Report on sanitation, dispensaries, and jails in Rajputana for 1915, and on vaccination for the year 1915-1916 - 1915-1916
Year: 1915
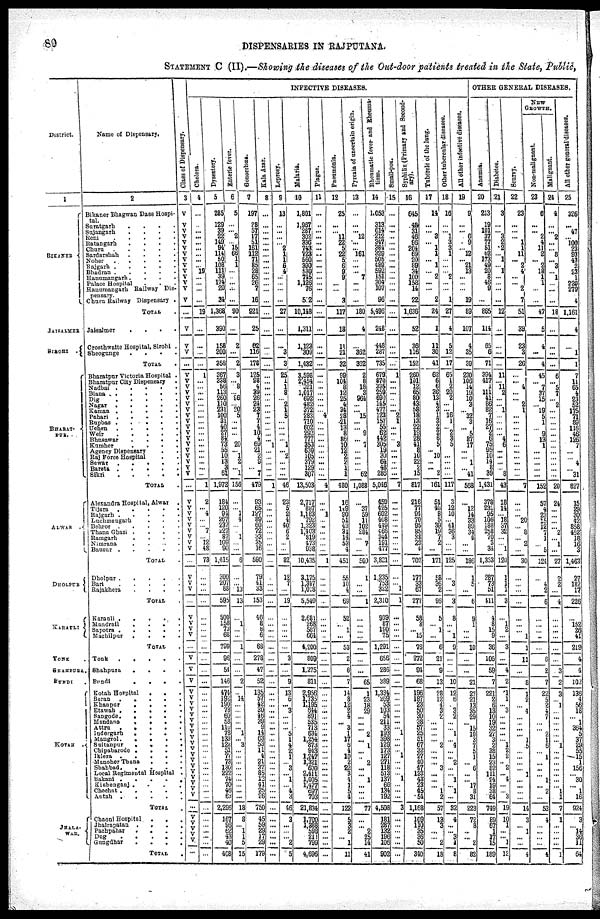
80
DISPENSARIES IN RAJPUTANA.
STATEMENT C (II).—Showing the diseases of the Out-door patients treated in the State, Public,
District.
1
BIKANER
JAISALMER
SIROHI .
BHARAT¬
PUR.
ALWAR .
DHOLPUR
KARAULI
TONK .
SHAHPURA.
BUNDI
.
KOTAH
JHALA¬
WAR.
Name of Dispensary.
2
Bikaner Bhagwan Dass Hospi-
tal.
Suratgarh ....
Sujangarh ....
Reni .....
Ratangarh ....
Churu .....
Sardarshah ....
Noher .....
Rajgarh .....
Bhadran .....
Hanumangarh ....
Palace Hospital ...
Hanumangarh Railway Dis¬
pensary.
Churu Railway Dispensary .
TOTAL .
Jaisalmer
.
.
.
.
Crosthwaite Hospital, Sirohi .
Sheogunge
.
.
.
.
TOTAL .
Bharatpur Victoria Hospital .
Bharatpur City Dispensary .
Nadbai .....
Biana .....
Dig
Nagar .....
Kaman .....
Pahari .....
Rupbas .....
Uchen .....
Weir .....
Bhusawar ....
Kumher ....
Agency Dispensary ..
Raj Force Hospital ..
Sewar .....
Bareta
Sikri
TOTAL .
Alexandra Hospital, Alwar
.
Tijara .....
Rajgarh .....
Luchmangarh ...
Behror .....
Thana Ghazi ....
Ramgarh ....
Nimrana ....
Bausur
.....
TOTAL .
Dholpur
.....
Bari
.....
Rajakhera
.
.
.
.
TOTAL .
Karauli
.....
Mandrail ....
Sapotra
.....
Machilpur
.
.
.
.
TOTAL .
Tonk
.....
Shahpura
.
.
.
.
Bundi
.
.
.
.
Kotah Hospital
...
Baron
.
.
.
.
.
Khanpur
.
.
.
.
Etawah .
.
.
.
.
Sangode.
.
.
.
.
Mandona
.
.
.
.
Attru
.
.
.
.
.
Indorgarh
.
.
.
.
Mangrol
.....
Sultanpur
.
.
.
.
Chipabarode
.
.
.
.
Iklera
.....
Manoher Thana
...
Shahbad .....
Local Regimental Hospital .
Bakani .....
Kishenganj ....
Chechat .
.
.
.
.
Autah
.....
TOTAL .
Chaoni Hospital
.
. .
Jhalrapatan
.
. . .
Pachpaliar
.
.
Dog
Gungdhar
.
.
.
,
TOTAL .
Class of Dispensary.
3
V
V
V
V
V
V
V
V
V
V
V
V
V
V
...
V
V
V
...
V
V
V
V
V
V
V
V
V
V
V
V
V
V
V
V
V
V
...
V
V
V
V
V
V
V
V V
...
V
V
V
...
V
V
V
V
...
V
V
V
V
V
V
V
V
V
V
V
V
V
V V
V
V V
V
V
V
V
...
V
V
V
V
V
...
INFECTIVE DISEASES.
Cholora.
4
...
...
...
...
...
...
...
...
... 19
...
...
...
...
19
...
...
...
...
1
...
...
...
...
...
...
...
...
...
...
...
...
...
...
...
...
...
1
2
... 4
...
... 7
...
12
48
73
...
...
...
...
...
...
...
...
...
...
...
...
...
...
...
...
...
...
...
...
...
...
...
...
...
... ...
...
...
...
...
...
...
...
...
...
...
...
Dysentery.
5
265
129
39
22
149
94
114
50
108
111
39
174
20
34
1,368
390
158
200
358
367
338
56
113
260
110
231
100
31
40
27
84 73
55
10
13
3
61
1,972
184
120
94
267
237
227
87
109 90
1,415
300
207
68
595
500
158
73
68
799
96
54
146
474
192
190 73
60
58
110
78
133
122 51
77
73
130 222
74
70 4
63
2,296
167
96
62
43
40
408
Enteric fever.
6
5
...
... 2
... 15
66
1
1
...
...
...
...
...
90
...
2
...
2
3
... 8
... 96
... 20
5
...
...
...
... 20
... 1
2
... 1
156
...
... 1
4
...
... ...
... ...
6
...
... 13
13
...
1
...
...
1
...
...
2
...
14
...
...
...
...
... 1
... 3
...
... ...
... ...
...
... ...
...
18
8
... 1
1
5
15
Gonorrhœa.
7
197
28
57
17
51
161
112
71
85
28
65
26
7
16
921
25
62
116
178
125
98
4
39
26
24
23
7
7
4
10
4
69
21
2
9
... 7
479
93
65
127
89
60
72
33
35 16
590
79
41
33
153
46
8
8
6
68
278
47
52
135
57
42
30
46
29
9
14
63
53
11
4
21
37 85
12
41 25
26
750
45
59
29
17
29
179
Kala
Azar.
8
...
...
...
...
...
...
...
...
...
...
...
...
...
...
...
...
...
...
...
...
...
...
...
...
...
...
...
...
...
...
... 1
...
...
...
...
...
1
...
...
...
...
...
...
...
... ...
...
...
...
...
...
...
...
...
...
...
...
...
...
...
...
...
...
...
...
...
...
...
...
...
...
...
... ...
...
...
...
...
...
...
...
...
...
...
...
Leprosy.
9
13
...
...
...
... 2
1
1
6
4
...
...
...
...
27
...
...
3
3
25
1
1
8
... 2
1
5
...
...
...
... 1
... 2
...
...
...
46
23
5
2
4
40
6
2
...
...
82
12
7
...
19
...
...
...
...
...
3
...
9
13
6
... 3
...
...
... 5
1
4
2
1
... ... ...
...
... 4
3
46
3
...
...
... 2
5
Malaria.
10
1,801
1,967 287
302
336
743
723
560
390
530
745
1,126
76
512
10,148
1,311
1,123
309
1,432
3,598
2,454
321
1,017
692
482
372
283
710
602 292
777
353
630
105
379
129
307
13,503
2,717
887
1,183
792
1,223
1,403
819
473 938
10,435
3,175
1,317
1,018
5,540
2,681
268
587
664
4,200
809
1,275
811
2,956
1,735
1,195
644
891
535
713
634
1,254
873
943
1,247
1,321
600
2,411
1,005
1,477 697
703
21,834
1,700
1,388
598
211
799
4,696
Plague.
11
...
...
...
...
...
...
...
...
...
...
...
...
...
...
...
...
...
...
...
...
...
...
...
...
...
... 4
...
...
...
...
...
...
...
...
...
...
4
...
... 1
...
...
...
...
... ...
1
...
...
...
...
...
...
...
...
...
...
...
...
...
...
...
...
...
...
...
...
...
...
...
...
...
... ...
...
...
...
...
...
...
...
...
...
...
...
Pneamonia.
12
25
...
... 11
22
5
22
5
6
9
9
...
...
3
117
18
11
21
32
99
104
6
12
25
4
34
28
21
13
8
86
10
12
2
2
1
1
480
16
149
90
51
43
31
14
53 4
451
55
10
4
69
52
... 1
...
53
2
6
7
14
8
12
2
4
... 3
1
17
5
4
10
2
22 3
4
1 5
4
122
5
3
2
... 1
11
Pyrexia of uncertain origin.
13
...
...
... 12
...
... 161
...
...
... 7
...
...
...
180
4
...
362
362
2
8
18
3
964
...
... 15
...
... 9
... 7
...
...
...
... 62
1,088
...
37
59
11
102
284
...
...
...
500
1
...
...
1
...
...
...
...
...
...
...
65
1
23
18
29
...
...
... 2
... 1
...
... 2
... ...
...
...
...
...
77
...
... 2
25
14
41
Rheumatic fever and Rheuma¬
tism.
14
1,053
313
614
212
347
384
329
505
489
592
151
304
107
96
5,495
248
448
287
735
679
870
335
259
690 145
477
123
157
55
62
442
305
19
30
64
48
286
5,046
459
425
602
408
449
466
344
191 477
3,821
1,235
753
322
2,310
939
87
190
75
1,291
656
286
389
1,334
269
53
103
54
211
33
193
398
129
173
127
271
118 513
137
66
134
192
4,508
181
287
132
196
106
902
Small-pox.
15
...
...
...
...
...
...
...
...
...
...
...
...
...
...
...
...
...
...
...
1
...
...
...
...
...
... 2
1
...
...
... 3
...
...
...
...
...
7
...
...
...
...
...
...
...
...
...
...
...
... 1
1
...
...
...
...
...
...
...
...
...
...
...
...
...
...
... 1
...
...
... 1
...
... ...
...
...
...
...
3
...
...
...
...
...
...
Syphilis (Primary and Second-
ary).
16
645
48
31
46
96
264 69
20
89
34
100
158
14
22
1,636
52
36
116
152
260
101
12
65
29 43
58
18
13
22
19
28
41
8
10
22
2
15
817
216
77
94
70
95
85
38
23 4
702
177
33
67
277
58
3
... 15
76
272
94
68
196
187
23
50
30 38
57
25
51
67
32
27 40
47 133
43
23 45
54
1,168
109 110
35
36
50
340
Tubercle of the lung.
17
14
...
... 3
... 1
1
... 1
... 2
...
...
2
24
1
11
30
41
62
6
6
36
13
4
3
1
3
2
2
6
5
... 10
...
... 2
161
51
40
8
5
39
19
7
2
...
171
58
36
2
96
5
... 1
...
6
21
9
13
28
12
4
3
2
...
... ...
... 2
...
... ... ... ...
... ... 1
2
57
13
3
...
... 2
18
Other tubercular diseases.
18
16
...
... 1
3
3
1
...
...
... 2
...
...
1
27
4
5
12
17
65
1
2
20
2
...
... 16
1
... 2
3
5
...
...
...
...
...
117
3
12
10
... 61
36
3
...
...
125
...
3
...
3
8
...
... 1
9
...
...
10
12
6
... 3 2
...
... 1
...
4
...
... 2
... ... 1
... 1
...
32
4
...
... 3 1
8
All other infective diseases.
19
9
...
... 6
9
... 12
... 21
13
...
...
...
19
89
107
4
35
39
230
106
14
19
10
3
... 32
3
... 5
87
17
...
... 1
... 41
568
...
12
14
33
89
34
4
... ...
186
1
5
...
6
9
1
...
...
10
...
...
21
27
21
13
35
29
... 15
10
3
7
5
1
... 6
...
...
17 8
31
228
72
8
... ... 2
82
OTHER GENERAL DISEASES.
Anæmia.
20
213
19
101
37
77
51
62
173
49
20
8
46
9
...
865
114
65
6
71
394
417
1
111
41
86
82
7
16
27
2
6
75
95
10
14
8
39
1,431
378
231
95
106
188
258
70
3
34
1,363
287
73
51
411
4
8
15
9
36
105
59
7
221
2
6
13
10
19
32
27
3
2
38
15
23
82
111
24
19
38
64
749
89
67
1
17
15
189
Diabetes.
21
3
...
... 3
2
2
... 1
... 1
...
...
...
...
12
...
...
...
...
11
... 11
2
...
... 1
...
...
...
... 4
6
...
...
...
... 8
43
18 14
... 18
37
32
...
... 1
120
1
1
1
3
...
1
2
...
3
...
4
2
1
1
... 3
...
...
...
...
... 1
2
2
... 2
...
4
...
... 3
19
10
1
...
... 1
12
Scurvy.
22
23
...
...
... 1
1
11
... 2
4
...
... 2
7
51
39
23
3
26
...
... 4
...
... 2
1
...
...
...
...
...
...
...
...
...
...
...
7
...
...
... 20
... 8
...
30
...
...
...
...
...
...
... 1
1
11
...
8
1
2
... 4
...
...
...
... 1
5
...
...
... ... ...
...
...
...
...
14
3
... 1
...
...
4
NEW
GROWTH.
Non-malignant.
23
6
...
... 2
4
11
2
... 2
18
1
1
...
...
47
5
4
...
4
45
...
7
37
15
... 19
5
1
... 9
13
1
...
...
...
...
...
152
57
4
23
15
12
7
1
...
5
124
...
4
2
6
...
...
...
...
...
6
2
7
22
5
2
4
7
...
... 2
1
6
... 1
...
... ...
1
...
2
...
53
4
...
...
...
...
4
Malignant.
24
4
...
... 2
...
... 8
... 3
... 1
...
...
...
18
...
...
...
...
6
...
5
7
... 2
...
...
...
...
...
...
...
...
...
...
...
...
20
24
...
...
...
... 2
... 1
...
27
2
2
...
4
...
...
...
...
...
...
3
2
3
... 1
...
...
...
...
...
... 1
...
...
...
... ...
...
... 1
1
7
1
...
...
...
...
1
All other general diseases.
25
326
... 47
... 100
23
93
43
2
23
1
220
279
4
1,161
4
...
1
1
7
11
65
4
23
52
175
71
89
116
46
126
7
...
...
4
... 31
827
15
29
30
42
858
452
18
16 3
1,463
27
182
17
226
...
152
26
41
219
4
4
102
136
4
56
18
... 1
364
5
37
29
55
15
1
156
...
...
... 1
16
924
3
... 14
36
11
64